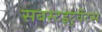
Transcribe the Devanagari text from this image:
सबस्टइटुवेंटस